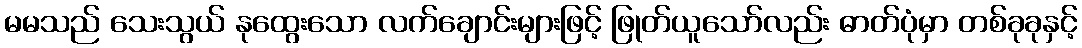
မမသည် သေးသွယ် နုထွေးသော လက်ချောင်းများဖြင့် ဖြုတ်ယူသော်လည်း ဓာတ်ပုံမှာ တစ်ခုခုနှင့်